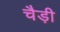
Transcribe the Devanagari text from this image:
चैड़ी